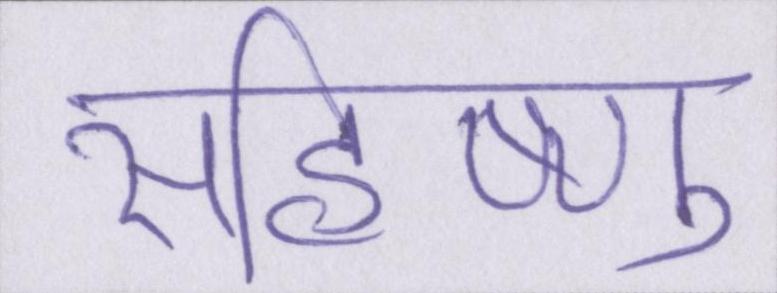
सहिष्णु